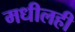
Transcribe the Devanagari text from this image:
मधीलही